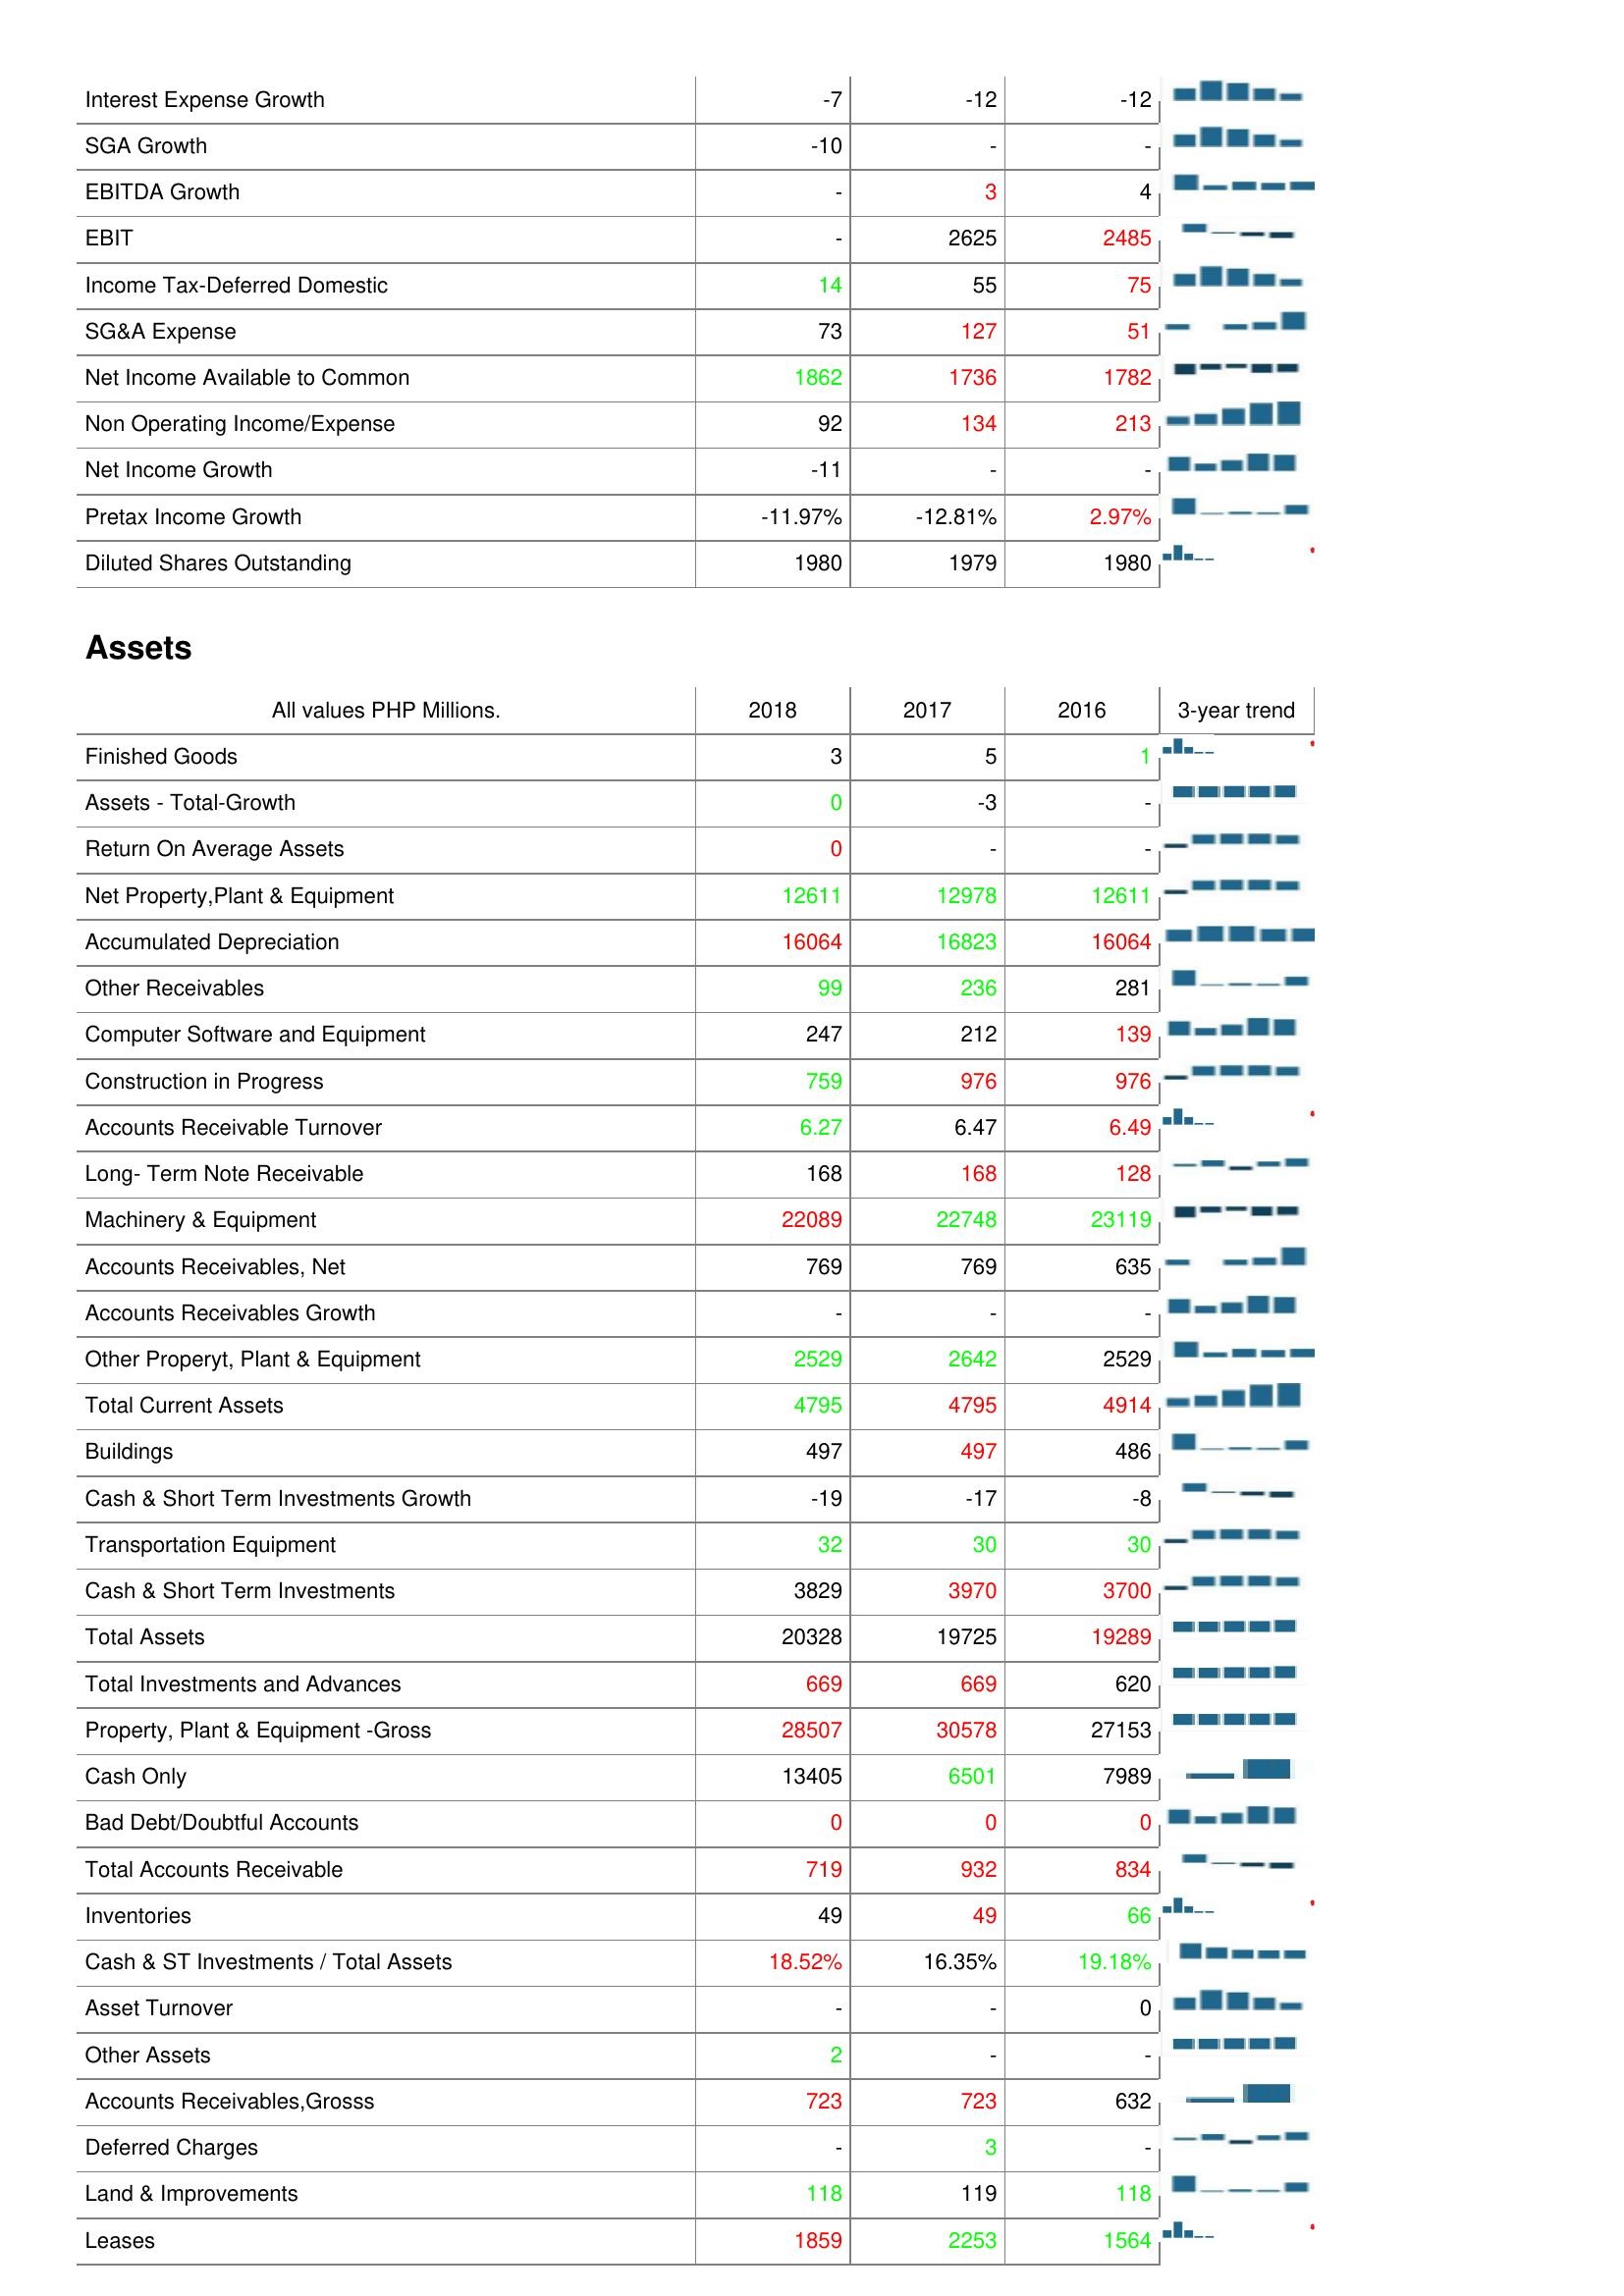
2018: : Interest Expense Growth: -7
SGA Growth: -10
EBITDA Growth: -
EBIT: -
Income Tax-Deferred Domestic: 14
SG&A Expense: 73
Net Income Available to Common: 1862
Non Operating Income/Expense: 92
Net Income Growth: -11
Pretax Income Growth: -11.97%
Diluted Shares Outstanding: 1980
Assets: Finished Goods: 3
Assets - Total-Growth: 0
Return On Average Assets: 0
Net Property,Plant & Equipment: 12611
Accumulated Depreciation: 16064
Other Receivables: 99
Computer Software and Equipment: 247
Construction in Progress: 759
Accounts Receivable Turnover: 6.27
Long- Term Note Receivable: 168
Machinery & Equipment: 22089
Accounts Receivables, Net: 769
Accounts Receivables Growth: -
Other Properyt, Plant & Equipment: 2529
Total Current Assets: 4795
Buildings: 497
Cash & Short Term Investments Growth: -19
Transportation Equipment: 32
Cash & Short Term Investments: 3829
Total Assets: 20328
Total Investments and Advances: 669
Property, Plant & Equipment -Gross: 28507
Cash Only: 13405
Bad Debt/Doubtful Accounts: 0
Total Accounts Receivable: 719
Inventories: 49
Cash & ST Investments / Total Assets: 18.52%
Asset Turnover: -
Other Assets: 2
Accounts Receivables,Grosss: 723
Deferred Charges: -
Land & Improvements: 118
Leases: 1859
2017: : Interest Expense Growth: -12
SGA Growth: -
EBITDA Growth: 3
EBIT: 2625
Income Tax-Deferred Domestic: 55
SG&A Expense: 127
Net Income Available to Common: 1736
Non Operating Income/Expense: 134
Net Income Growth: -
Pretax Income Growth: -12.81%
Diluted Shares Outstanding: 1979
Assets: Finished Goods: 5
Assets - Total-Growth: -3
Return On Average Assets: -
Net Property,Plant & Equipment: 12978
Accumulated Depreciation: 16823
Other Receivables: 236
Computer Software and Equipment: 212
Construction in Progress: 976
Accounts Receivable Turnover: 6.47
Long- Term Note Receivable: 168
Machinery & Equipment: 22748
Accounts Receivables, Net: 769
Accounts Receivables Growth: -
Other Properyt, Plant & Equipment: 2642
Total Current Assets: 4795
Buildings: 497
Cash & Short Term Investments Growth: -17
Transportation Equipment: 30
Cash & Short Term Investments: 3970
Total Assets: 19725
Total Investments and Advances: 669
Property, Plant & Equipment -Gross: 30578
Cash Only: 6501
Bad Debt/Doubtful Accounts: 0
Total Accounts Receivable: 932
Inventories: 49
Cash & ST Investments / Total Assets: 16.35%
Asset Turnover: -
Other Assets: -
Accounts Receivables,Grosss: 723
Deferred Charges: 3
Land & Improvements: 119
Leases: 2253
2016: : Interest Expense Growth: -12
SGA Growth: -
EBITDA Growth: 4
EBIT: 2485
Income Tax-Deferred Domestic: 75
SG&A Expense: 51
Net Income Available to Common: 1782
Non Operating Income/Expense: 213
Net Income Growth: -
Pretax Income Growth: 2.97%
Diluted Shares Outstanding: 1980
Assets: Finished Goods: 1
Assets - Total-Growth: -
Return On Average Assets: -
Net Property,Plant & Equipment: 12611
Accumulated Depreciation: 16064
Other Receivables: 281
Computer Software and Equipment: 139
Construction in Progress: 976
Accounts Receivable Turnover: 6.49
Long- Term Note Receivable: 128
Machinery & Equipment: 23119
Accounts Receivables, Net: 635
Accounts Receivables Growth: -
Other Properyt, Plant & Equipment: 2529
Total Current Assets: 4914
Buildings: 486
Cash & Short Term Investments Growth: -8
Transportation Equipment: 30
Cash & Short Term Investments: 3700
Total Assets: 19289
Total Investments and Advances: 620
Property, Plant & Equipment -Gross: 27153
Cash Only: 7989
Bad Debt/Doubtful Accounts: 0
Total Accounts Receivable: 834
Inventories: 66
Cash & ST Investments / Total Assets: 19.18%
Asset Turnover: 0
Other Assets: -
Accounts Receivables,Grosss: 632
Deferred Charges: -
Land & Improvements: 118
Leases: 1564